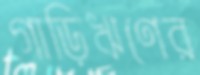
গাড়িঋণের